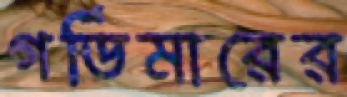
গর্ডিমারের